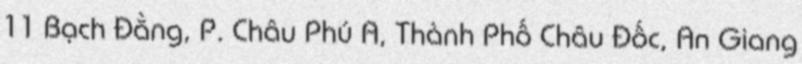
11 Bạch Đằng, P. Châu Phú A, Thành Phố Châu Đốc, An Giang